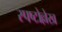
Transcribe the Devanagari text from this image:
स्पष्टोल्लेख